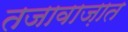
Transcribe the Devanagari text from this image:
तजावाज़ात